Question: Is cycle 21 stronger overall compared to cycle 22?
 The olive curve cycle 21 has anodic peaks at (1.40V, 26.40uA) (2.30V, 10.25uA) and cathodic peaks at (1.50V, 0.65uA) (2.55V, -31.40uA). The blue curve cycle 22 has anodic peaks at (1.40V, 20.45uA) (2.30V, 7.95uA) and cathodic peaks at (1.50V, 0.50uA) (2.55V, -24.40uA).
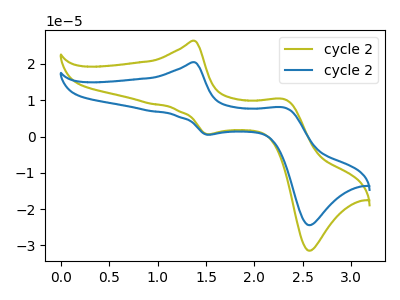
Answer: <think>All the peaks in "cycle 21" have a peak in "cycle 22" at the same potential.
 </think>
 <answer>I cant tell if "cycle 21" or "cycle 22" has more signal.</answer>
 <eval>mixed_signal</eval>